Peeter_Aleksander_Speek, lk 8
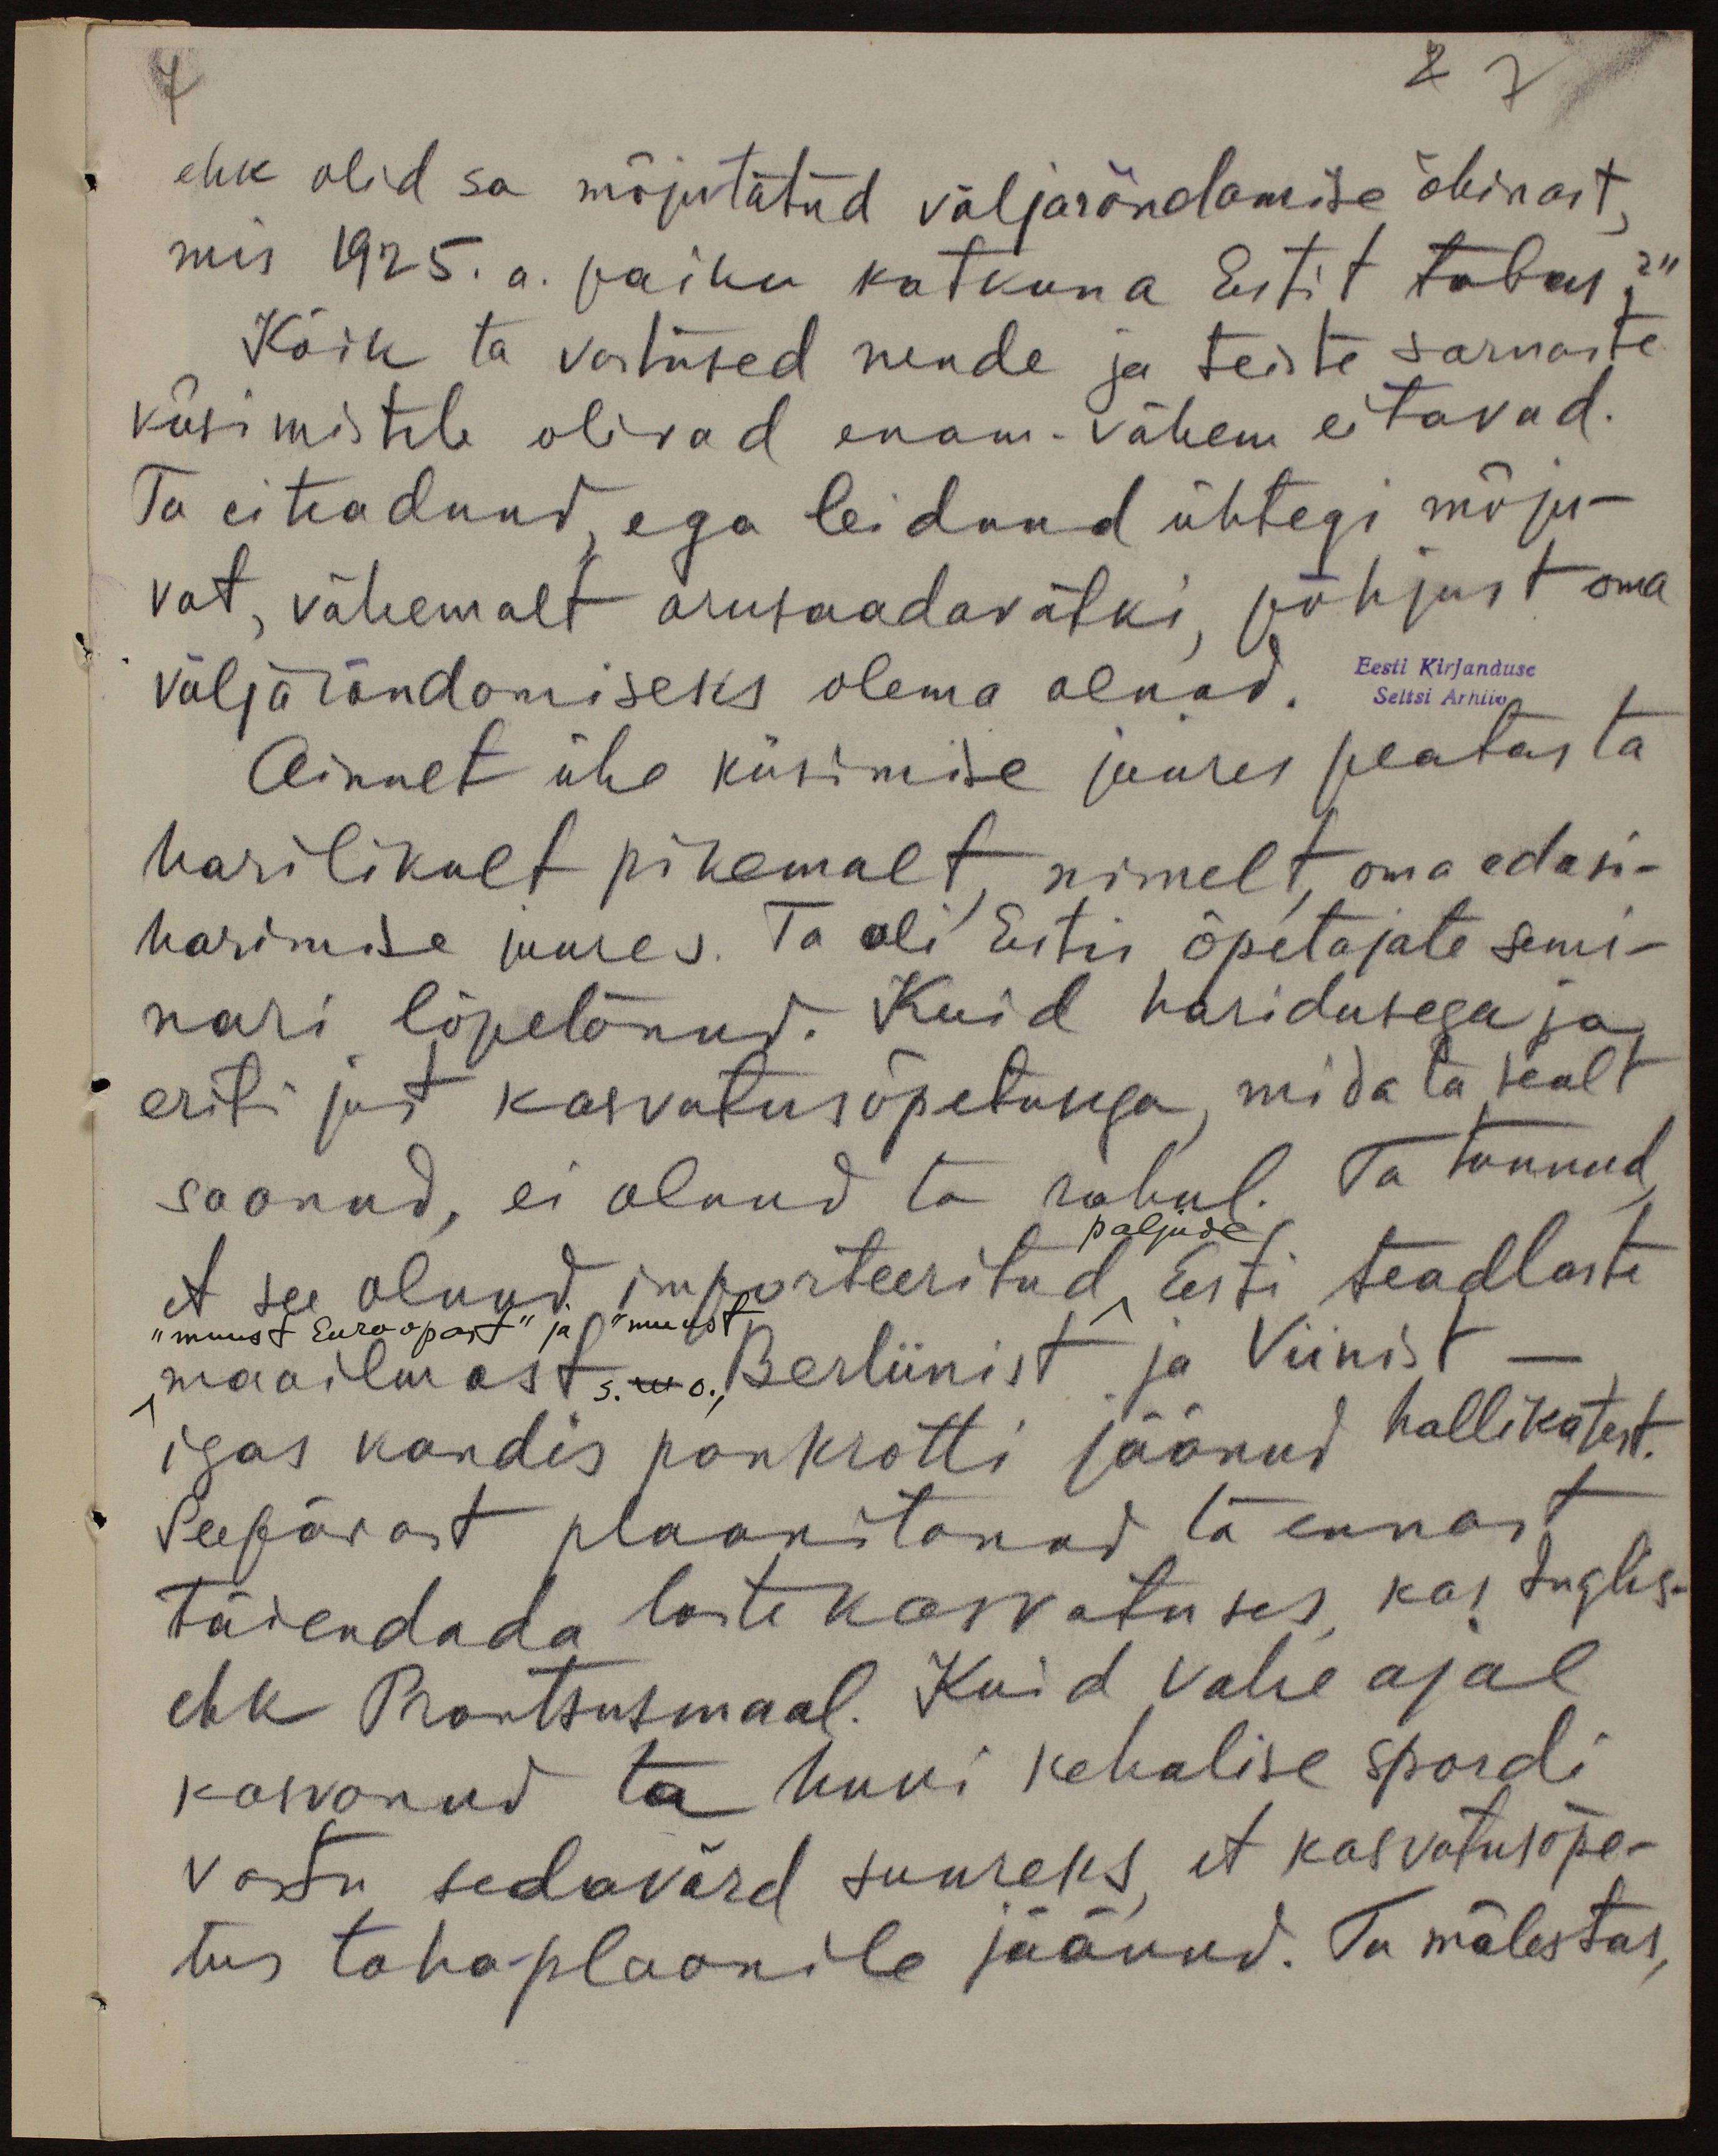
2 7

ehk olid sa mõjutatud väljarändamise õhinast,
mis 1925. a. paiku katkuna Eestit tabas?"
Kõik ta vastused nende ja teiste sarnaste
küsimistele olivad enam-vähem eitavad.
Ta ei teadnud, ega leidnud ühtegi mõju-
vat, vähemalt arusaadavatki, põhjust oma
väljarändamiseks olema olnud.
Eesti Kirjanduse
Seltsi Arhiiv.
Ainult ühe küsimise juures peatas ta
harilikult pikemalt nimelt oma edasi-
harimise juures. Ta oli Eestis õpetajate semi-
nari lõpetanud. Kuid haridusega ja
eriti just kasvatusõpetusega, mida ta sealt
saanud, ei olnud ta rahul. Ta tunnud,
et see olnud importeeritud Eesti teadlaste
paljude
"muust Euroopast" ja "muust
maailmast s.o. Berliinist ja Viinist-
igas kandis pankrotti jäänud hallikatest.
Seepärast plaanitanud ta ennast
täiendada laste kasvatuses kas Inglis-
ehk Prantsusmaal. Kuid vahe ajal
kasvanud ta huvi kehalise spordi
vastu sedavõrd suureks, et kasvatusõpe-
tus tahaplaanile jäänud. Ta mälestas,